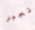
تجبر